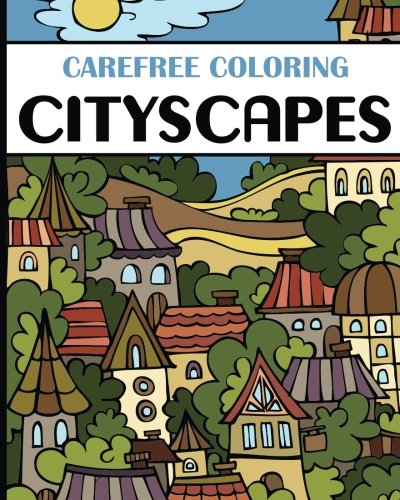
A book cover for Carefree Coloring Cityscapes: Color Your Cares Away! (Carefree Coloring Collection); H.R. Wallace Publishing; Children's Books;